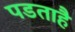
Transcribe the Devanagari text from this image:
पडताहै